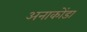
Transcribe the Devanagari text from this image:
अनाकोंडा